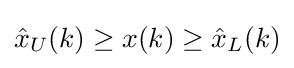
{\hat {x}}_{U}(k)\geq x(k)\geq {\hat {x}}_{L}(k)